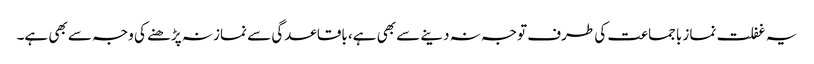
یہ غفلت نماز باجماعت کی طرف توجہ نہ دینے سے بھی ہے، باقاعدگی سے نماز نہ پڑھنے کی وجہ سے بھی ہے۔